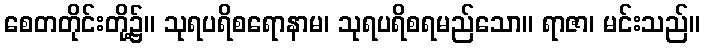
စေတတိုင်းတို့၌။ သုရပရိစရောနာမ၊ သုရပရိစရမည်သော။ ရာဇာ၊ မင်းသည်။